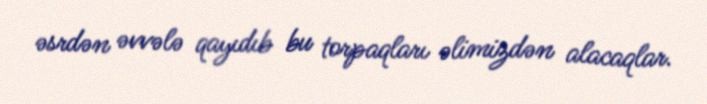
əsrdən əvvələ qayıdıb bu torpaqları əlimizdən alacaqlar.